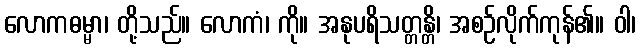
လောကဓမ္မာ၊ တို့သည်။ လောကံ၊ ကို။ အနုပရိသတ္တန္တိ၊ အစဉ်လိုက်ကုန်၏။ ဝါ၊